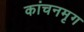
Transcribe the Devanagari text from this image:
कांचनमृग